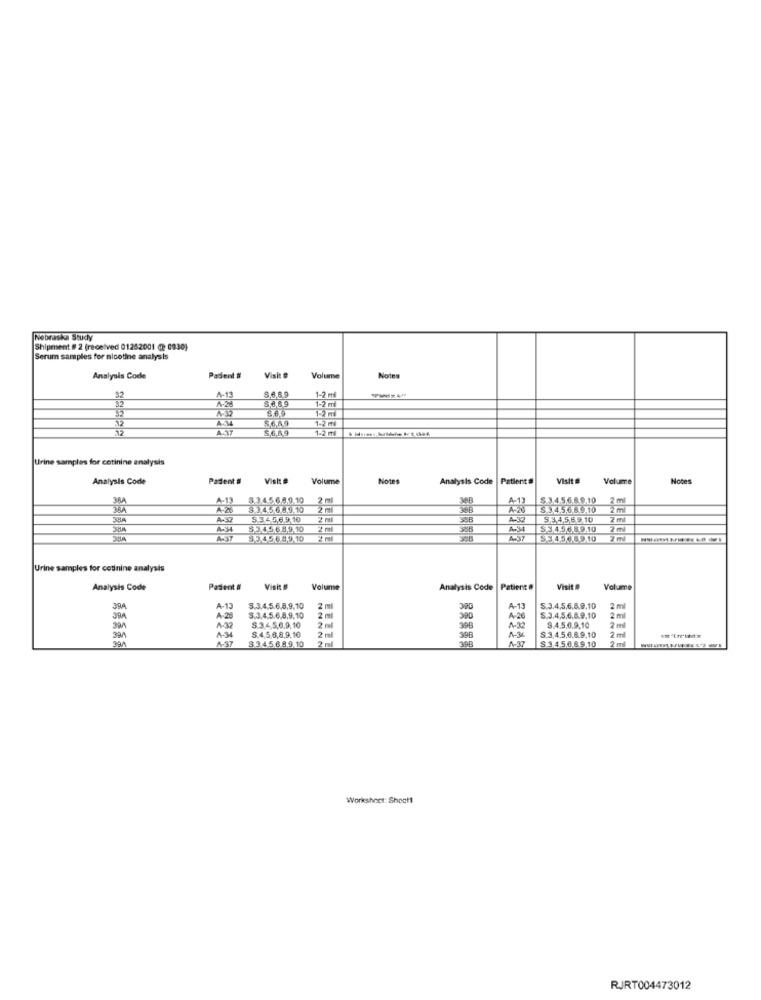
Nebraska Study
Shipment # 2 (received 01252001 (2 0930)
Serum samples for nicotine analysis
Analysis Code
Pasient #
Visk @
Volume
Notes
A-15
1-2 ml
A-28
1-2 ml
$6,89
1-2 m
A.37
S6,89
1-2 ml
Urine samples for cotinine analysis
Analysis Code
Pasient #
Visit #
Volume
Notes
Analysis Code
Patients
Visit #
Volume
Notes
A-13
S.3.4.56.8.9.10
2 m
A-1)
$ 34.5.6.8.9.10
2 ml
4.26
3.3.4.5.6.8.9.10
2 ml
A-20
$ 34,5,6.8 9.10
384
A-37
5.345,6.9.10
2 ml
A-32
$3.456910
2 ml
A-34
$3.456.8.9.10
2 ml
$3.4.56.89.10
2 ml
$345689-10
S345659 10
Urine samples for cotinine analysis
Analysis Code
Pasient #
Volume
Analysis Code
Patient #
Visit #
Volume
39A
A-13
3.3.4.5.6.8,9,10
$.3.4.5.6.8,9,10
2 ml
2 ml
A-13
S.3.4,5,6,8,9,10
2 ml
A:28
S.36.5,0.9.10
300
A-26
S.3.4,5,6,8,9,10
9.4.5.0.9.10
2 ml
394
4-34
A-32
S.4.5 6,8,9,10
396
A-32
$ 3,4,5,6.8.9,10
2 ml
39/
A-37
3.345.6.8.9.10
1-37
S345689.10
2 ml
2 ml
Worksheet: Sheeft
RJRT004473012